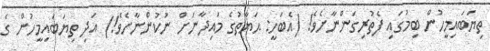
ތިޔަބައިމީހުން ބިމުގައި ފެތުރިގަންނާށެވެ! (އެބަހީ: ޙަޔާތުގެ މައިދާނަށް ނުކުންނާށެވެ!) އަދި ތިޔަބައިމީހުން ގެ